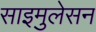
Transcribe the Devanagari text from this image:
साइमुलेसन